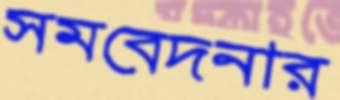
সমবেদনার